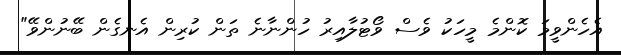
އެހެންވީމަ ކޮންމެ މީހަކު ވެސް ވޯޓުލާއިރު ހުންނާނެ ތަން ކުރިން އެނގެން ބޭނުންވޭ"